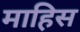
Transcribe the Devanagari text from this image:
माहिस